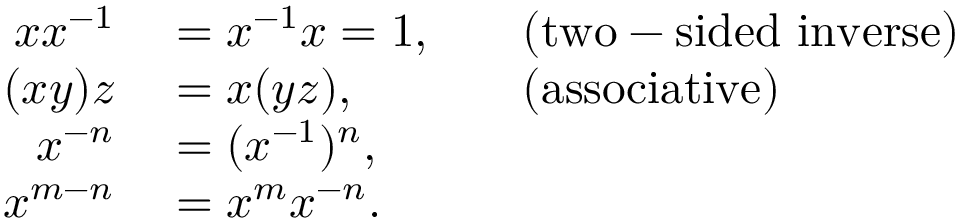
\begin{array} { r l r l } { x x ^ { - 1 } } & { { } = x ^ { - 1 } x = 1 , } & { } & { { } { \mathrm { ( t w o - s i d e d ~ i n v e r s e ) } } } \\ { ( x y ) z } & { { } = x ( y z ) , } & { } & { { } { \mathrm { ( a s s o c i a t i v e ) } } } \\ { x ^ { - n } } & { { } = ( x ^ { - 1 } ) ^ { n } , } \\ { x ^ { m - n } } & { { } = x ^ { m } x ^ { - n } . } \end{array}